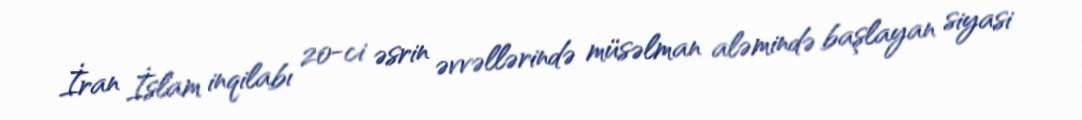
İran İslam inqilabı 20-ci əsrin əvvəllərində müsəlman aləmində başlayan siyasi